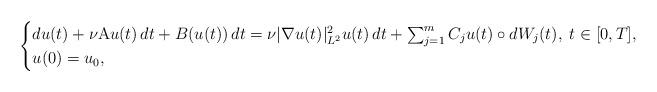
LaTeX: \begin{align*}\begin{cases}du(t) + \nu \mathrm{A} u(t)\, dt + B(u(t))\, dt = \nu |\nabla u(t)|_{L^2}^2 u(t) \,dt + \sum_{j=1}^m C_j u(t) \circ dW_j(t), \; t \in [0,T], \\u(0) = u_0,\end{cases}\end{align*}